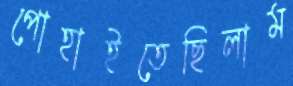
পোহাইতেছিলাম